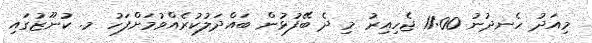
މިއަދު ހެނދުނު 11:00 ޖެހިއިރު މި ދެ ބޭފުޅުން ބައްދަލުކުރެއްވުމަށްފަހު މ. ކުނޫޒުގައި